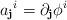
LaTeX: \begin{align*}{a_{\bf{j}}}^{i}=\partial_{\bf{j}}\phi^{i}\end{align*}